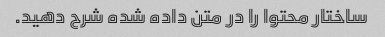
ساختار محتوا را در متن داده شده شرح دهید.